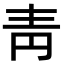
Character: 靑